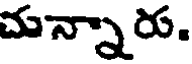
చున్నారు.